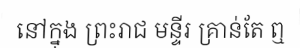
នៅក្នុង ព្រះរាជ មន្ទីរ គ្រាន់តែ ឮ